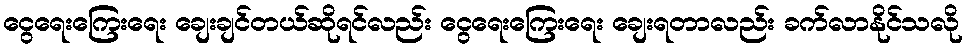
ငွေရေးကြေးရေး ချေးချင်တယ်ဆိုရင်လည်း ငွေရေးကြေးရေး ချေးရတာလည်း ခက်လာနိုင်သလို